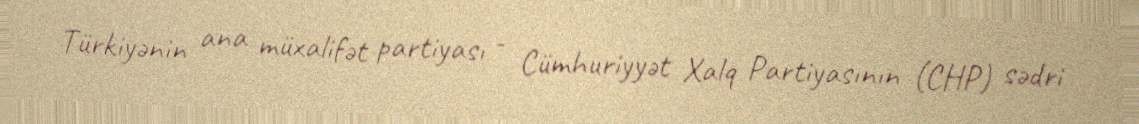
Türkiyənin ana müxalifət partiyası - Cümhuriyyət Xalq Partiyasının (CHP) sədri